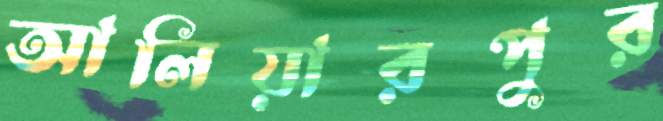
আলিয়ারপুর